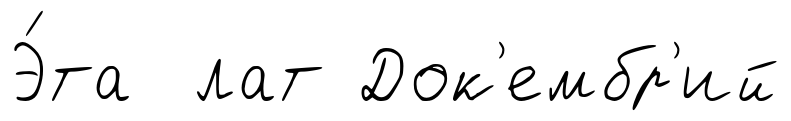
Э́та лат Док'ембр'ий